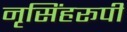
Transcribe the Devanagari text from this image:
नृसिंहरूपी